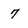
Character: 7